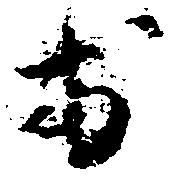
於